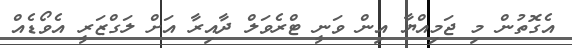
އެގޮތުން މި ޖަމިއްޔާ އިން ވަނީ ޓްރެވަލް ދާއިރާ އަށް ލަގްޒަރީ އެވޯޑެއް